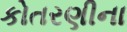
કોતરણીના